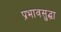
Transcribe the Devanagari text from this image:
प्रभावसुद्धा